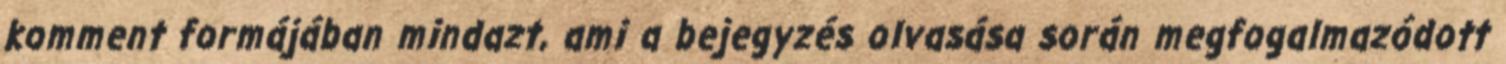
komment formájában mindazt, ami a bejegyzés olvasása során megfogalmazódott